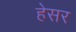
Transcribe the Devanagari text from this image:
हेसर